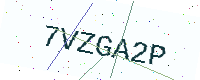
Text: 7VZGA2P